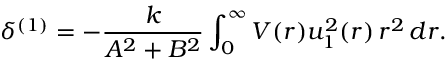
\delta ^ { ( 1 ) } = - \frac { k } { A ^ { 2 } + B ^ { 2 } } \int _ { 0 } ^ { \infty } V ( r ) u _ { 1 } ^ { 2 } ( r ) \, r ^ { 2 } \, d r .